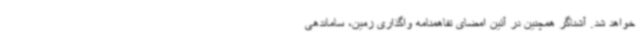
خواهد شد. آشناگر همچنین در آئین امضای تفاهمنامه واگذاری زمین، ساماندهی